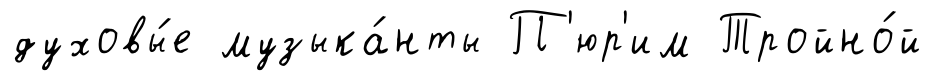
духовы́е музыка́нты П'юр'им Тройно́й